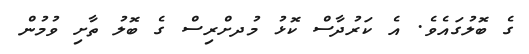
ގެ ބޮލުގައެވެ. އެ ކަރުދާސް ކޮޅު މުދށްރިސް ގެ ބޮލު ތާށި ވުމުން